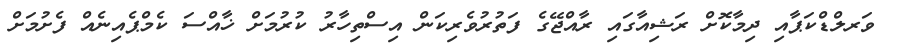
ވަރލްޑްކަޕާއި ދިމާކޮށް ރަޝިއާގައި ރާއްޖޭގެ ފަތުރުވެރިކަން އިސްތިހާރު ކުރުމަށް ޚާއްސަ ކެމްޕެއިނެއް ފެށުމަށް